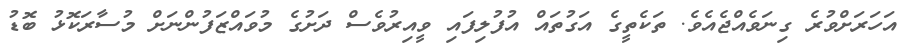
އަހަރަށްވުރެ ގިނަވެއްޖެއެވެ. ތަކެތީގެ އަގުތައް އުފުލިފައި ވީއިރުވެސް ދަށުގެ މުވައްޒަފުންނަށް މުސާރަކޮޅު ބޮޑު